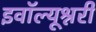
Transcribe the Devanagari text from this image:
इवॉल्यूश्नरी